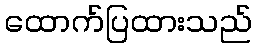
ထောက်ပြထားသည်